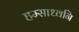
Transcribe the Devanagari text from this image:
हम्साध्वनि